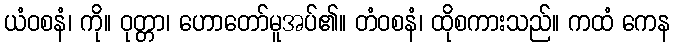
ယံဝစနံ၊ ကို။ ဝုတ္တာ၊ ဟောတော်မူအပ်၏။ တံဝစနံ၊ ထိုစကားသည်။ ကထံ ကေန